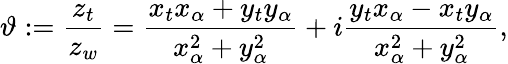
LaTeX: \vartheta:=\frac{z_{t}}{z_{w}}=\frac{x_{t}x_{\alpha}+y_{t}y_{\alpha}}{x_{\alpha}^{2}+y_{\alpha}^{2}}+i\frac{y_{t}x_{\alpha}-x_{t}y_{\alpha}}{x_{\alpha}^{2}+y_{\alpha}^{2}},